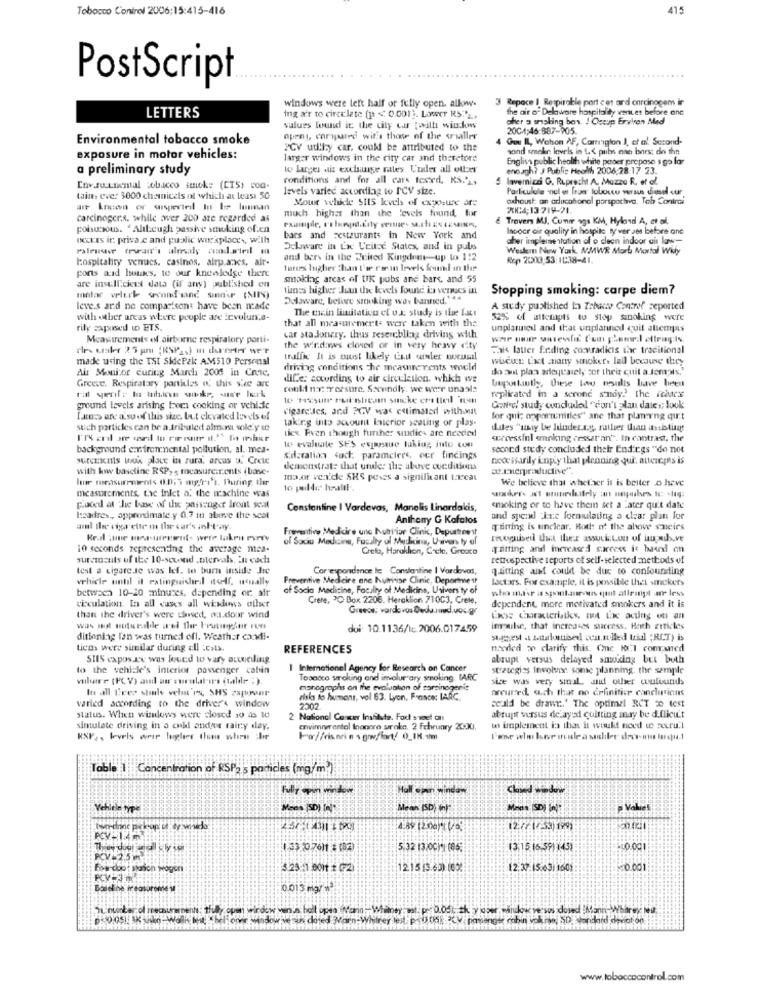
Tobacco Control 2006:15:415-416
415
PostScript
windows were lett half or felly open, alkww.
Repace 1 Respirable part c et ard carcinogens in
the air o" Delaware hospitality vantes before ane
LETTERS
ing air to circulate (p < 0.001). Lower RS ..
cher a smoking bas ! Ostup Erviren Med
values Wound it the city ww twill winkw
2004;46-887-905.
Environmental tobacco smoke
openy, caryaared wit's those of the srialler
4 Gou IL, Wohon AF, Comaiglon J, of a! Second-
PCV ud!i.y car, could be attributed to the
and smoke levels in L .< pubs ese Isnrs: do the
exposure in motor vehicles:
larger windows in the city car and theretore
English public health white paper propose s go for
a preliminary study
to Luger ait exchange rates Under all other
enough? J Public Health 2006,28.17 23.
conditions and for all cars tesxd, RS.',
5 lavemnicai G. Ruprecht A. Mazzo R. et ol.
Env.su.unental cobacco smick: (CIS) c00-
levels varied according to PCV size.
Particulate nel et fron loboco versus del sur
tain. eve: 3000 chemicals of which at least 50
Mour velde SIIS levels of exposure are
achoust: an adlucahonel parspothva. Tab Contrai
at Inuen or suspected In be lumnan
much higher than the levels found, for
XK:4;13719-21.
carcinogers. while :wer 200 are regarded as
€ Travers MJ, Cumir ags KM, Hyland A, et al.
poisucsous. 'Alıkeugh passte smoking of.cn
Isoocr air quality in hospita ty ver ass before and
occurs in private and public wor'splace ., with
bars and restaurants in New York and
aber implementation of o cleen indoor air law-
Delaware in the Ceite States, and in puls
Western New York. MMWR Mort Mortal Wkly
Hospitality vemacs, casinos, alrp.ancs, air-
and bers in the Writed Kingdom-up to 1:2
Rep 2000 53:1038-41
ports acid house's, to our knowledge there
tures Ingher than I're coran levels found in the
smoking areas of UK pubs ane bars, and 55
are inself.cicut data (if any) published on
tuss higher han the levels found in venues in
Stopping smoking: carpe diem?
malar wluck wennd and son' (SIIS)
Delaware, before striking was banned. '44
leve.s and ne comparisons have been nade
The main limitation of u.k study is the fact
A study published in Zabuns Control zeported
with other areas where people are icvolun;a-
52% of attempts to stop smoking were
rily exposed to ETS.
that all mea memert- were taken with the
unplanned and that unplanned quit allempas
Measurement« « airborne respiratory porti-
car sta Jonery. thus reserebling driving with
the wir.daws closed or in very heavy ety
This latter Finding contradicis the traditional
made using the TSI SidePak AM510 Personal
traffic It is most likely Enut aruler ucusal
wickE Lat many smokers lall because they
Air Monitor curing March 2005 in Crete.
driving conditions the measure rents would
do sait plan adequately sor theiz cuit a.fen;as."
Le: according to air circulation, whkh we
tuportwtly, Chiese Low naulis have lieu
Greece. Respiratary particles e; this sice arc
conlif nac treasure. Secondly. we were unable
replicated in a serone snoy? the icexx
ground levels arising from cooking or vchidie
cigare.les, and PCV was estimated with.wut
Con el study concluded "don't plan date>; look
Lamuss are a su of this size. Uu.t elevated levels of
taking into account laterior seating of plas-
for qui; opportunities" ane that planering qurt
stich particles can be a tributed almost voile'y te
tiex Even though further studies are needed
diles "uny be Inder us, rather than assisting
sercessinl enking cessar an". In contrast, the
background er.frennental pollution, al. mea-
we evaluate SES exparstue taking into con
second study concluded their Endings "do not
Mutcascais wook place in sura, arcas u. Crete
sidaration such: parameters, our findings
code isarily ingly that plenning qui. atterepis is
with kww baseline RSP, s treasureir ents (base-
demonstrate that urule: the above cveditions
ærerproductive""
hur turasureenis 0.0.5 mg/rel. During ther
major venide SHS peses a significant tarcal
We believe that whether it is beiter o have
to pulli haalll ..
measurements, Lac inlet a, the machine veas
Fooed at the base of the passenger Iront scan
Constantine I Vardevas, Manelis Linordakis,
smoking or to have thein set a Later quit date
Headdres, approximate y 0.7 in above the seat
Anthony G Kofalos
and spendd "ine formulating a clear plan for
all the cigar ette m Ihr car's inb-t-ay.
Freventive Medicire unc butrinlor Clink, Deportnet
gutting is unclear. Both of the above sueirs
of Socio Medicins, Fucally of Medicine, Usivan ty of
trequiser Uut ther assucicton of lamb.ve
10 seconds representing the average mea-
Greta, Haraklion, Couto, Groota
quitting and increased saccess it haand on
surcinzats of the 10-second .Derval. En cach
retrospective reports of self- selected methods of
test a cigare se was lef. to burn inside Jte
Correspondence le Constantine I Vardevas,
quitting ast could be due to confounding
vehicle until it ratinguishedl toAf, usually
Preventive Medicine ane Humidise Clinic, Department
lactars. For example, it is possible thet snickers
between 10-20 minutes, depending or. air
of Socia Medicine, Faculty of Medicine, University of
who md's a spontaneous quit attrings are less
Crete, PO Box 2208. Heraklion 71003, Crete,
circulation. In all cases all wickdows other
Greeos; vardevos Dedu.ind.vos.gr
dependent, more motivated smokers and it is
than the driver's were theved, w.door wind
Liss characteristics, mit Lac acting on an
doi: 10.1136/1c 2006.017459
imgwilse, that increases success. Hoch articles
ditinning Ion was turned off. Weather ca.Mdi-
Saggest . Attalosiseal ocu.ruled trial ;RCT) is
licos were similar during all :cats.
REFERENCES
nadled w clarify this. Che 10:1 compared
SIIS expos Ic was loued to vary according
abrupt versus delayed smodng but both
to the vehicle's interior passenger cabin
1 Internationel Agency for Research on Cancer
strategies involves. some planning. the sample
Tosacco smoking and inolur ary smoling. (ARC
size was very smul, and other wulourds
In all Cees stals vehn'es, SHS 2xpronr
monographs on the evaluation of sorsinogenis
oreured, such that no definitive conclusions
varied according to the driver's window
disks to humans, vol 63. Lyon, France: IARC
could be drawn.' The optimel RCT 20 test
2007
status. When windows were closed 20 as to
2 National Cancer Institute. Fod sweet all
abrupt versus delayed cultting may be diflicu't
sintulate driving in a old ander rainy day.
envimnerental Inonore proke. 2 February 2000.
w implement to that it would need te secru .!
KSP2, levels weir lugler thes when her
For//visarins grafiart/ 0_IK.sim
Table 1 Concentration of RSP2 's particles (mg/m)
Fully open window
Hall spun windan
Closed window
Vehlele type
Mean (SD) In)
Valiet
4:89 (2.00) (25
1-33 20 7611 * (82)
5.32 13/00)* (85;
13:15. 16:59) 1458
LO.0CI
PCV=2.5 m
Foe doo: shason wogen
5.23 11 .0011 * G2)
1215 13.60) (6%
12:37:15.6311601
0.013 mg/ *?
www.tobaccocontrol.com